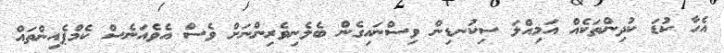
އެހާ ކުޑަ ކުދިންތަކެއް އަމިއްލަ ސިކުނޑިން ވިސްނައިގެން ބެލެނިވެރިންނަށް ވެސް އެވެއަނެސް ކެމްޕެއިންތައް